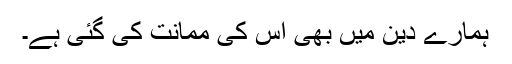
ہمارے دین میں بھی اس کی ممانت کی گئی ہے۔